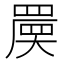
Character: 𡙷